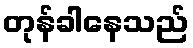
တုန်ခါနေသည်